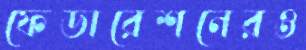
ফেডারেশনেরও